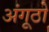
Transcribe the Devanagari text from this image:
अंगूठो